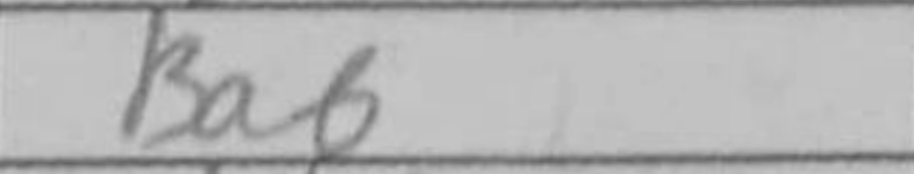
Transcription: Ba6